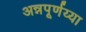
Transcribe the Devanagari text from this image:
अन्नपूर्णय्या